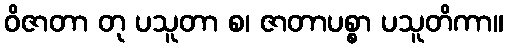
ဝိဇာတာ တု ပသူတာ စ၊ ဇာတာပစ္စာ ပသူတိကာ။